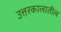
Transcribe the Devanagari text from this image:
उत्तरकालातील